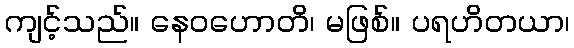
ကျင့်သည်။ နေဝဟောတိ၊ မဖြစ်။ ပရဟိတယာ၊